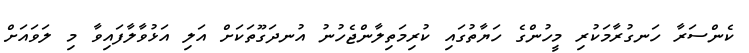
ކެންސަރާ ހަނގުރާމަކުރި މީހުންގެ ހަޔާތުގައި ކުރިމަތިލާންޖެހުނު އުނދަގޫތަކަށް އަލި އަޅުވާލާފައިވާ މި ލަވައަށް